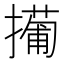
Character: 𫾎